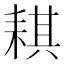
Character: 𦓿